Vaccination in the Punjab 1919-1929 - 1919-1929
Year: 1919
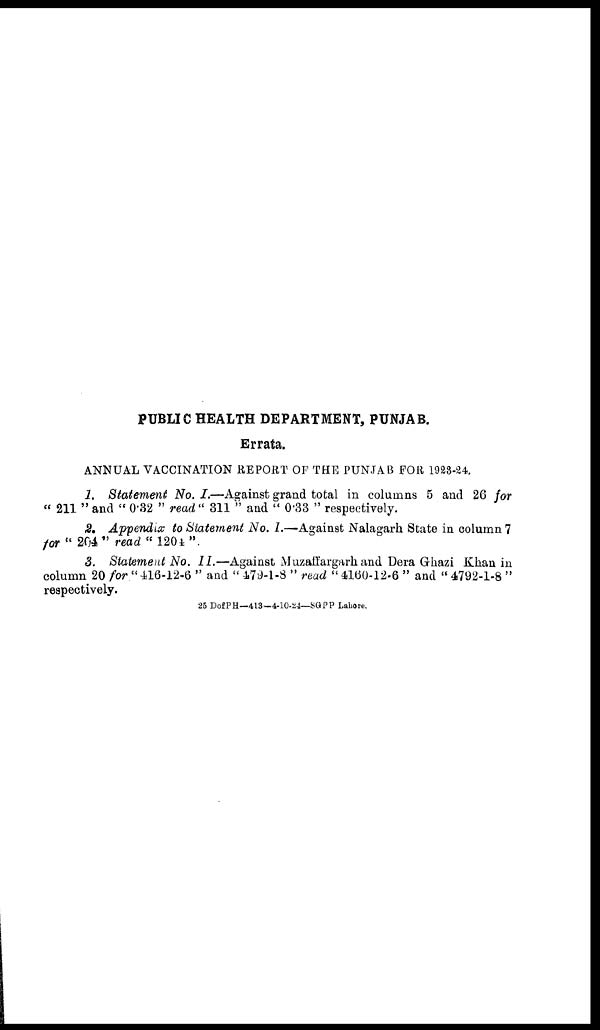
PUBLIC HEALTH DEPARTMENT, PUNJAB.
Errata.
ANNUAL VACCINATION REPORT OF THE PUNJAB FOR 1928-24.
1. Statement No. I.—Against grand total in columns 5 and 26 for
" 211 " and " 0.32 " read " 311 " and " 0.33 " respectively.
2. Appendix to Statement No. I.—Against Nalagarh State in column 7
for " 204" read " 1204 "
3. Statement No. II.—Against Muzaffargarh and Dera Ghazi Khan in
column 20 for " 416-12-6 " and " 479-1-8 " read " 4160-12-6 " and " 4792-1-8 "
respectively.
25 DofPH—413—4-10-24—SGPP Lahore.